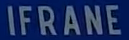
IFRANE